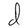
Character: d